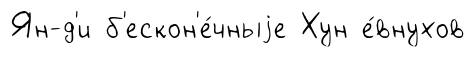
Ян-д'и б'ескон'е́чныjе Хун е́внухов